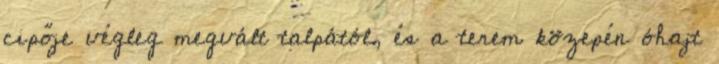
cipője végleg megvált talpától, és a terem közepén óhajt